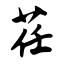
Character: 荏